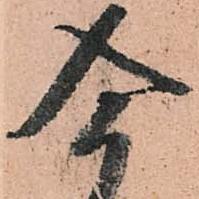
今